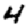
Digit: 4